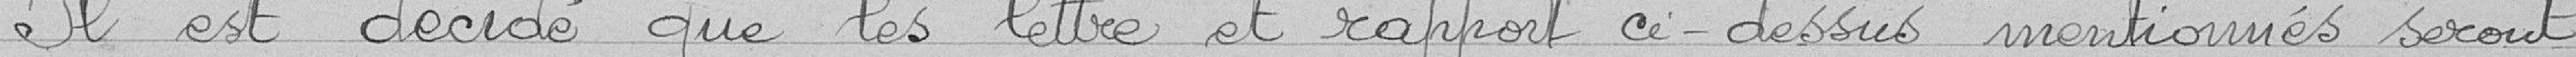
Il est décidé que les lettre et rapport ci-dessus mentionnés seront